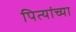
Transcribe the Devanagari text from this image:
पित्यांच्या